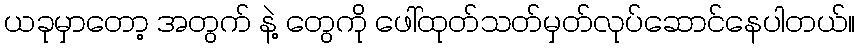
ယခုမှာတော့ အတွက် နဲ့ တွေကို ဖေါ်ထုတ်သတ်မှတ်လုပ်ဆောင်နေပါတယ်။